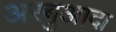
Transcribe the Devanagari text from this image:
अरबुआदा